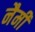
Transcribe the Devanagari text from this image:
नैमी